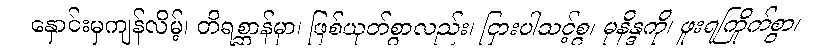
နှောင်းမှကျန်လိမ့်၊ တိရစ္ဆာန်မှာ၊ ဖြစ်ယုတ်စွာလည်း၊ ငြားပါသင့်စွ၊ မုနိန္ဒကို၊ ဖူးရကြိုက်စွာ၊